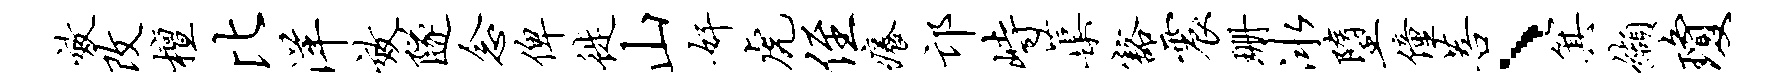
效改檀比洋效隧念俾徙山奸虎侄痒邙峙蕖豁震珊冰堕僮菩、箕缬琼